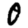
Digit: 0